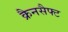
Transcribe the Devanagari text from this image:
क्रैनसैफ्ट